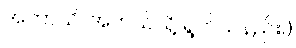
အဘာသိ၊ အဘယ်သို့ ရွတ်သနည်း။)